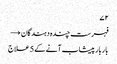
۷۲
فہرست چندہ دہندگان →
بار بار پیشاب آنے کے 5 علاج